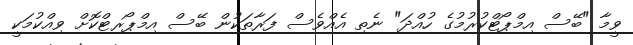
ވީމާ "ބޭސް އިމްޕޯޓްކުރުމުގެ ހުއްދަ" ނެތި އެއްވެސް ފަރާތަކުން ބޭސް އިމްޕޯރޓްކޮށް ވިއްކުމަކީ